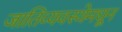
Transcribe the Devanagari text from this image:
जातिव्यवस्थेमधून